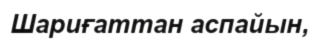
Шариғаттан аспайын,